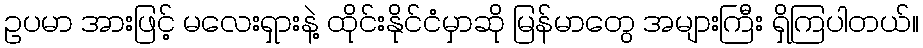
ဥပမာ အားဖြင့် မလေးရှားနဲ့ ထိုင်းနိုင်ငံမှာဆို မြန်မာတွေ အများကြီး ရှိကြပါတယ်။